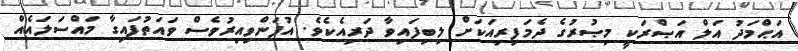
އަޙްމަދު އަލް އަޞްރަކީ މިޞުރުގެ ދެމަފިރިއަކަށް ލިބިފައިވާ ދަރިއެކެވެ. އުފަންވިއިރުވެސް ވައަތުފައިގާ މައްސަލައެއް